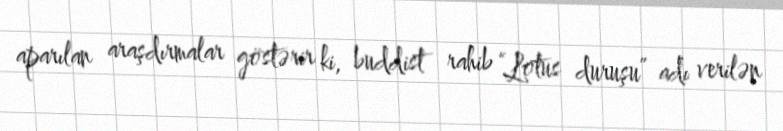
aparılan araşdırmalar göstərir ki, buddist rahib “Lotus duruşu” adı verilən